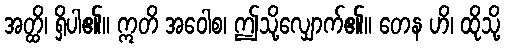
အတ္ထိ၊ ရှိပါ၏။ ဣတိ အဝေါစ၊ ဤသို့လျှောက်၏။ တေန ဟိ၊ ထိုသို့